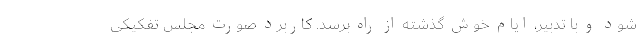
شود و با تدبیر، ایام خوش گذشته از راه برسد. کاربرد صورت مجلس تفکیکی